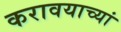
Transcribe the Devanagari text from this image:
करावयाच्यां